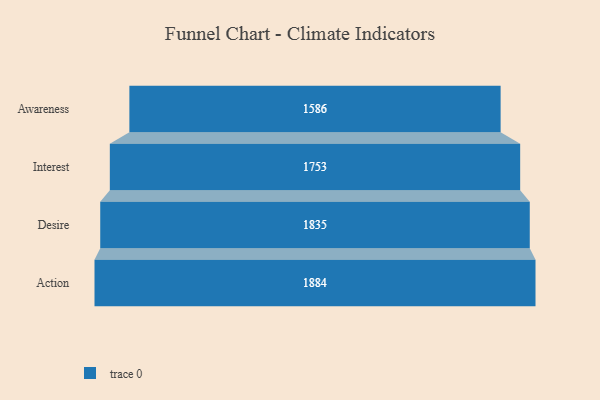
{"axis": {"x": "Stage", "y": "Value"}, "legend": [""], "data": [{"x": "Awareness", "y": 1586.0, "type": ""}, {"x": "Interest", "y": 1753.0, "type": ""}, {"x": "Desire", "y": 1835.0, "type": ""}, {"x": "Action", "y": 1884.0, "type": ""}]}